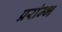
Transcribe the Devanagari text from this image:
प्ररांम्भ